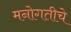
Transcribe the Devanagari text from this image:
मनोगतीचे